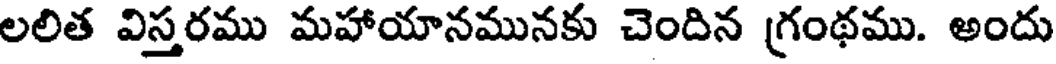
లలిత విస్తరము మహాయానమునకు చెందిన గ్రంథము. అందు